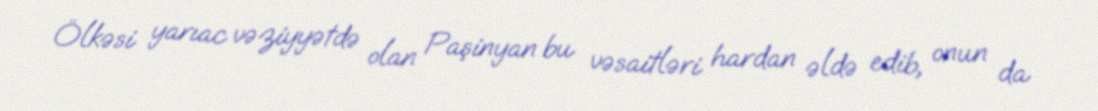
Ölkəsi yarıac vəziyyətdə olan Paşinyan bu vəsaitləri hardan əldə edib, onun da